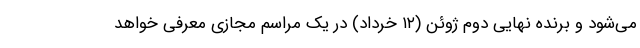
می‌شود و برنده نهایی دوم ژوئن (۱۲ خرداد) در یک مراسم مجازی معرفی خواهد